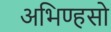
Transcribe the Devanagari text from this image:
अभिण्हसो